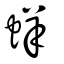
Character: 䖹